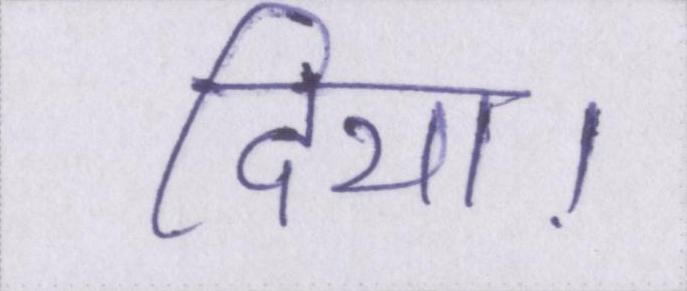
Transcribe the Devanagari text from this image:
दिया।